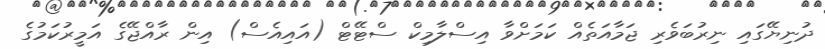
ދުނިޔޭގައި ނިރުބަވެރި ޖަމާއަތެއް ކަމަށްވާ އިސްލާމިކް ސްޓޭޓް (އައިއެސް) އިން ރާއްޖޭގެ އަމީރުކަމުގެ